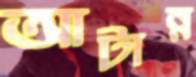
আটান্ন